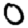
Digit: 0